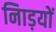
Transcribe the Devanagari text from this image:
नािड़यों